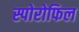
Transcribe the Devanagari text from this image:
स्पोरोफिल